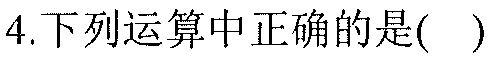
4.下列运算中正确的是( )